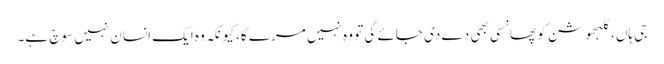
جی ہاں، کلبھوشن کو پھانسی بھی دے دی جائے گی تو وہ نہیں مرے گا، کیونکہ وہ ایک انسان نہیں سوچ ہے۔